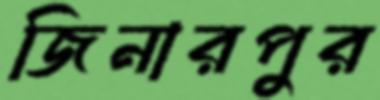
জিনারপুর